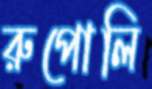
রুপোলি